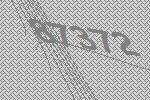
87372